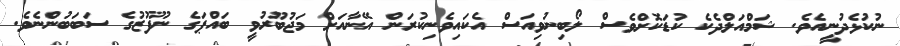
ނުކުޅެދުނީއެވެ. ޝަމްއަލްދެކެ ކުޑަކޮށްވެސް ލޯބިނުވިއަސް އެކައިވެނިކުރަން އޭނާއަށް މަޖުބޫރުވީ ބައްޕަގެ ނުފޫޒުގެ ސަބަބުންނެވެ.